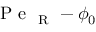
\mathrm { ~ P ~ e ~ } _ { \mathrm { ~ R ~ } } - \phi _ { 0 }